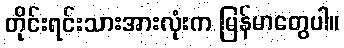
တိုင်းရင်းသားအားလုံးက မြန်မာတွေပါ။